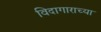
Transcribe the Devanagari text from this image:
विदागाराच्या